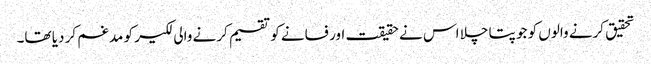
تحقیق کرنے والوں کو جو پتا چلا اس نے حقیقت اور فسانے کو تقسیم کرنے والی لکیر کو مدغم کر دیا تھا۔